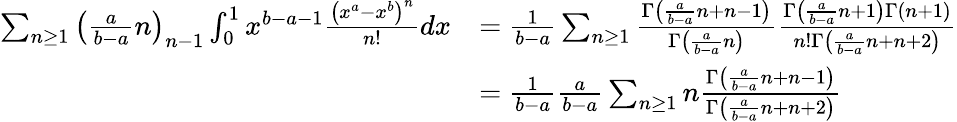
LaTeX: \begin{array}{rl}{\sum_{n\ge 1}\left(\frac{a}{b-a}n\right)_{n-1}\int_{0}^{1}x^{b-a-1}\frac{\left(x^{a}-x^{b}\right)^{n}}{n!}dx}&{=\frac{1}{b-a}\sum_{n\ge 1}\frac{\Gamma\left(\frac{a}{b-a}n+n-1\right)}{\Gamma\left(\frac{a}{b-a}n\right)}\frac{\Gamma\left(\frac{a}{b-a}n+1\right)\Gamma\left(n+1\right)}{n!\Gamma\left(\frac{a}{b-a}n+n+2\right)}}\\ &{=\frac{1}{b-a}\frac{a}{b-a}\sum_{n\ge 1}n\frac{\Gamma\left(\frac{a}{b-a}n+n-1\right)}{\Gamma\left(\frac{a}{b-a}n+n+2\right)}}\end{array}